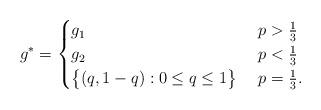
LaTeX: \begin{align*}g^*= \begin{cases} g_1 & \ p>\frac{1}{3} \\g_2 & \ p<\frac{1}{3}\\\big\{(q,1-q): 0\leq q\leq 1\big\} & \ p=\frac{1}{3}.\end{cases}\end{align*}